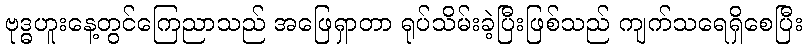
ဗုဒ္ဓဟူးနေ့တွင်ကြေညာသည် အဖြေရှာတာ ရုပ်သိမ်းခဲ့ပြီးဖြစ်သည် ကျက်သရေရှိစေပြီး